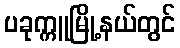
ပခုက္ကူမြို့နယ်တွင်